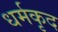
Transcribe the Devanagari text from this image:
धर्मकृद